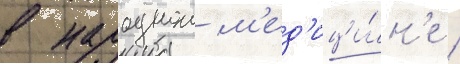
в народнои м'ед'ици́н'е /